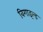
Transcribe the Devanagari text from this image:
बिगाइल्ड